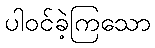
ပါဝင်ခဲ့ကြသော